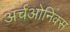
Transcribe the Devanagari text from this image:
अर्चओनिक्स